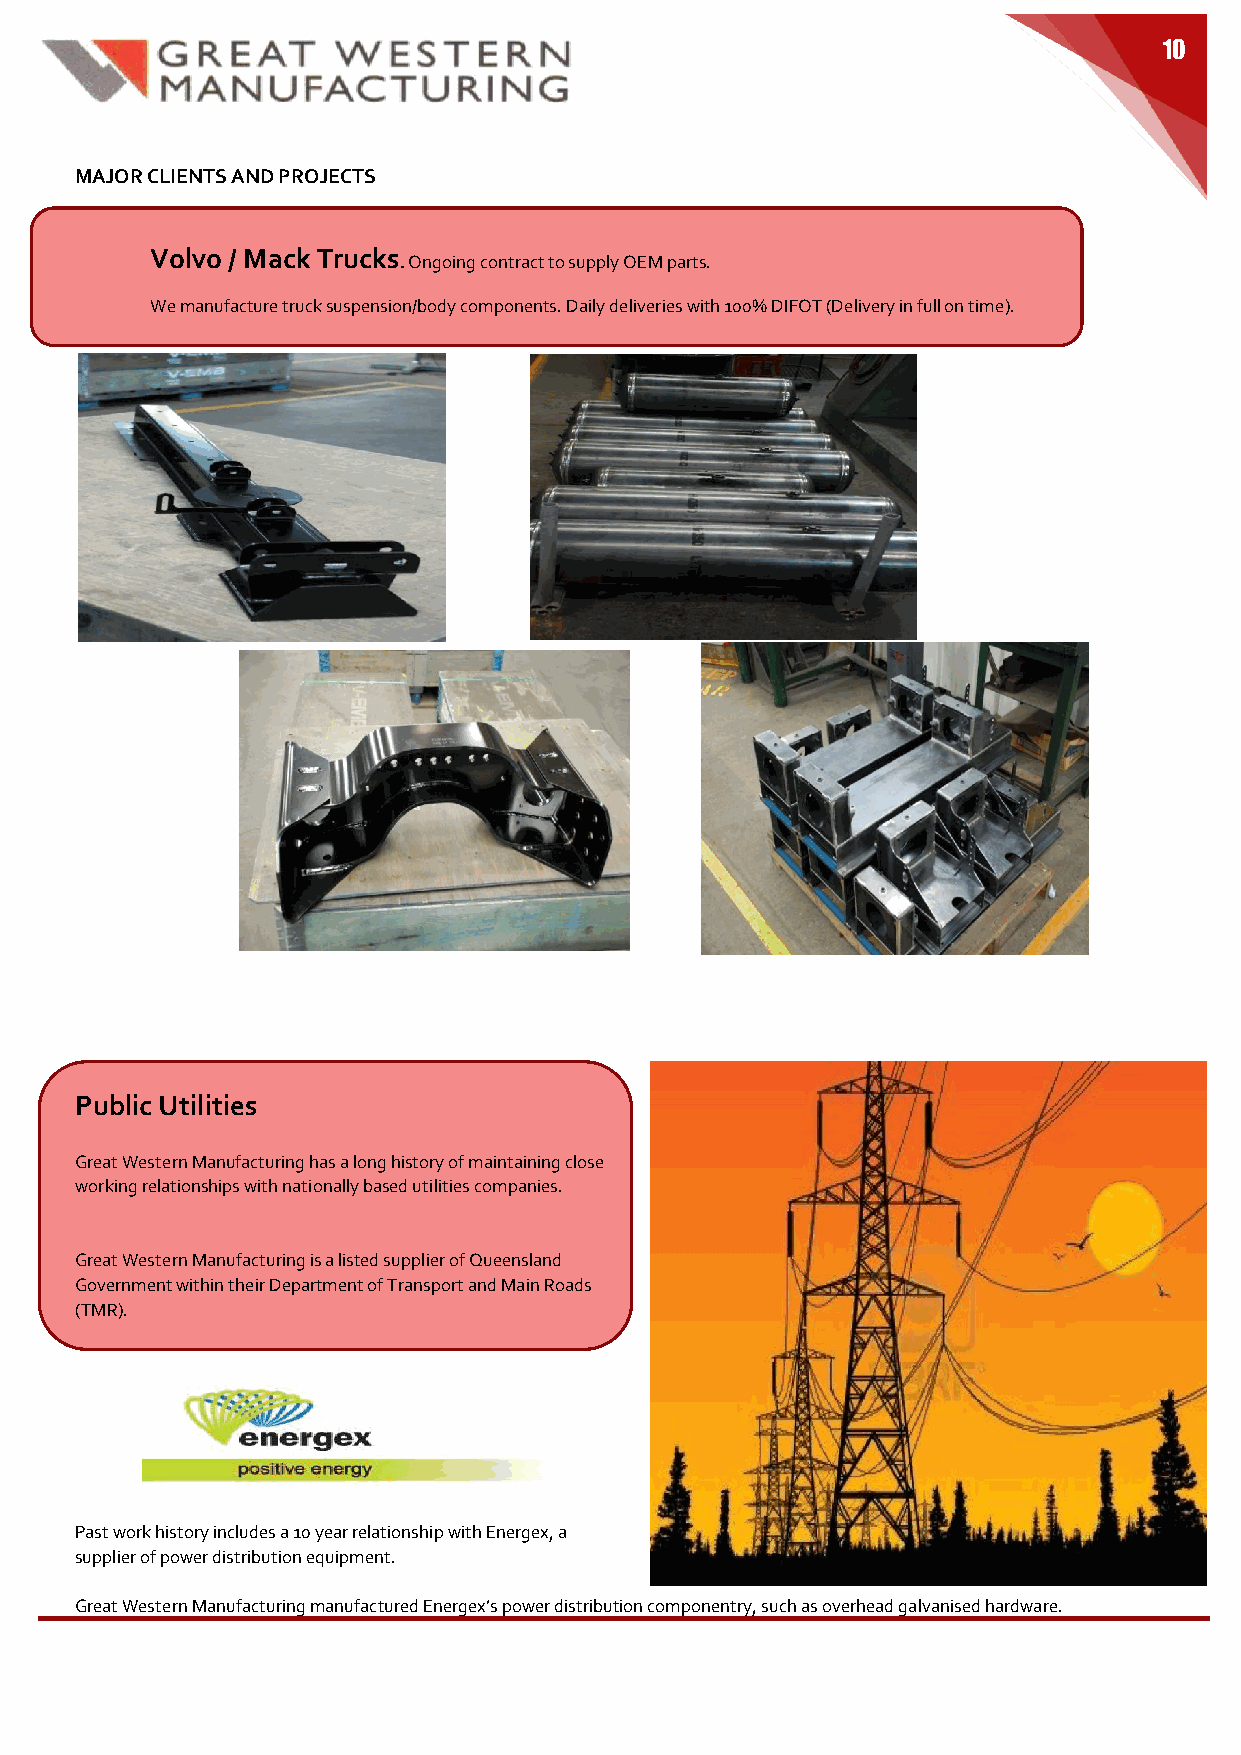
10
 MAJOR CLIENTS AND PROJECTS
 Volvo / Mack Trucks
 . Ongoing contract to supply OEM parts.
 We manufacture truck suspension/body components. Daily deliveries with 100% DIFOT (Delivery in full on time).
 Public Utilities
 Great Western Manufacturing has a long history of maintaining close
 working relationships with nationally based utilities companies.
 Great Western Manufacturing is a listed supplier of Queensland
 Government within their Department of Transport and Main Roads
 (TMR).
 Past work history includes a 10 year relationship with Energex, a
 supplier of power distribution equipment.
 Great Western Manufacturing manufactured Energex’s power distribution componentry, such as overhead galvanised hardware.